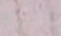
التي